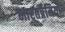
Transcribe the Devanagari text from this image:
भारतप्रेमियों